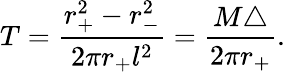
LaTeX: T=\frac{r_{+}^{2}-r_{-}^{2}}{2\pi r_{+}l^{2}}=\frac{M\triangle}{2\pi r_{+}}.